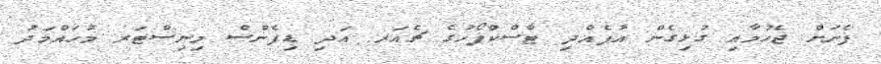
ފެނަށް ޖެހުމާއި ގުޅިގެން އުފެއްދި ޓާސްކްފޯހުގެ ޗެއަރ އަދި ޑިފެންސް މިނިސްޓަރ މުހައްމަދު